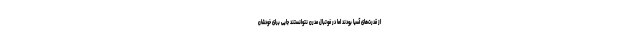
از قدرت‌های آسیا بودند اما در فوتبال مدرن نتوانستند جایی برای خودشان